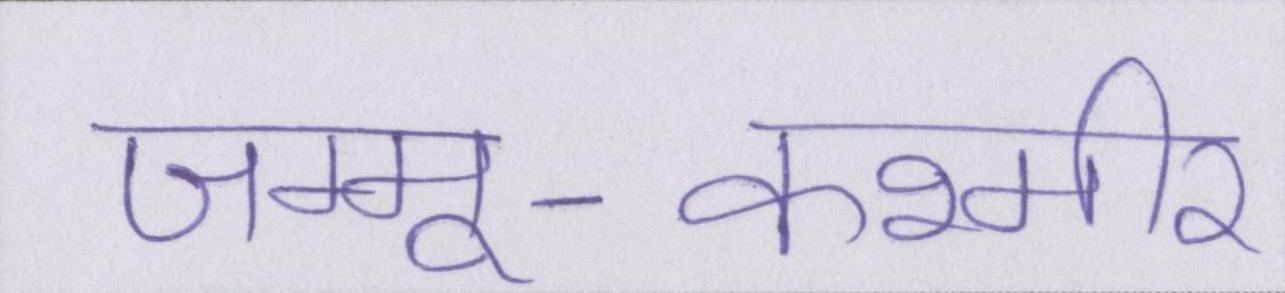
जम्मू-कश्मीर